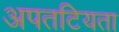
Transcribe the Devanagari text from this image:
अपतटियता